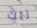
تلك